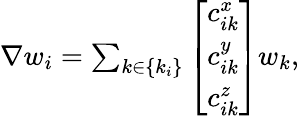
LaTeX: \begin{array}{r}{{\nabla}w_{i}=\sum_{k\in\{ k_{i}\} }\left[\begin{array}{c}{c_{ik}^{x}}\\ {c_{ik}^{y}}\\ {c_{ik}^{z}}\end{array}\right]w_{k},}\end{array}